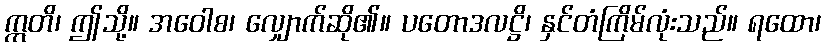
ဣတိ၊ ဤသို့။ အဝေါစ၊ လျှောက်ဆို၏။ ပတောဒလဋ္ဌိ၊ နှင်တံကြိမ်လုံးသည်။ ရထော၊